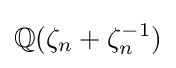
\mathbb {Q} (\zeta _{n}+\zeta _{n}^{-1})